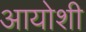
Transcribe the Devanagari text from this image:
आयोशी